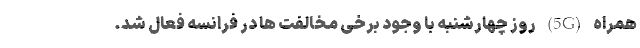
همراه (5G) روز چهارشنبه با وجود برخی مخالفت ها در فرانسه فعال شد.